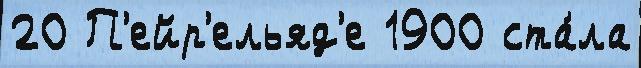
20 П'ейр'ельяд'е 1900 ста́ла